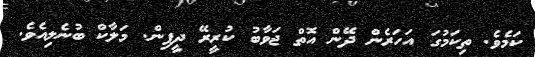
ކަމެވެ. ތިކަމުގަ އަހަރެން ދޭން އޮތް ޖަވާބު ކުރީރޭ ދީފިން. މަލާކް ބުނެލިއެވެ.